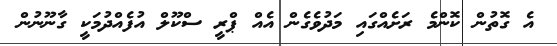
އެ ގޮތުން ކޮންމެ ރަށެއްގައި މަދުވެގެން އެއް ޕްރީ ސްކޫލް އުފެއްދުމަކީ ގާނޫނުން